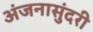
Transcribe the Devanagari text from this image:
अंजनासुंदरी